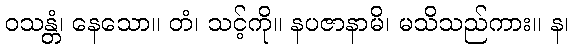
ဝသန္တံ၊ နေသော။ တံ၊ သင့်ကို။ နပဇာနာမိ၊ မသိသည်ကား။ န၊